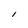
Character: l